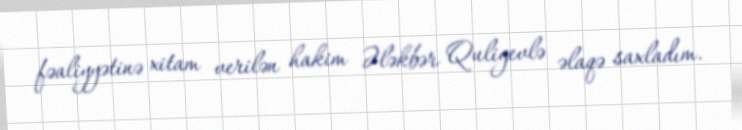
fəaliyyətinə xitam verilən hakim Ələkbər Quliyevlə əlaqə saxladım.